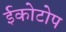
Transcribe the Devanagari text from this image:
ईकोटोप